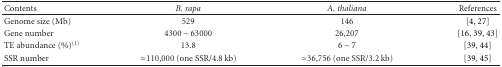
| Contents | B. rapa | A. thaliana | References |
 | --- | --- | --- | --- |
 | Genome size (Mb) | 529 | 146 | [4, 27] |
 | Gene number | 4300∼63000 | 26,207 | [16, 39, 43] |
 | TE abundance (%)(1) | 13.8 | 6∼7 | [39, 44] |
 | SSR number | ≈110,000 (one SSR/4.8 kb) | ≈36,756 (one SSR/3.2 kb) | [39, 45] |